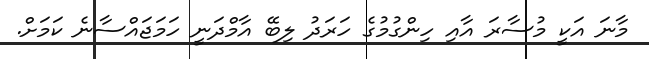
މާނަ އަކީ މުސާރަ އާއި ހިންގުމުގެ ހަރަދު ލިބޭ އާމްދަނީ ހަމަޖައްސާނެ ކަމަށް.